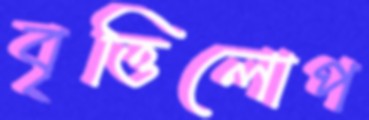
বৃত্তিলোপ